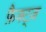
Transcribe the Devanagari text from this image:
फ़ैक्ट्ज़